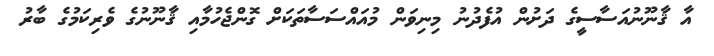
އާ ޤާނޫނުއަސާސީގެ ދަށުން އުފެދުނު މިނިވަން މުއައްސަސާތަކަށް ގޮންޖެހުމާއި ޤާނޫނުގެ ވެރިކަމުގެ ބާރު